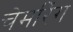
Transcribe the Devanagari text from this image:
चेमरिंग